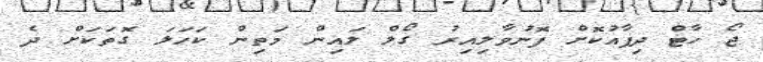
ޖޯ ހާޓް ދިފާއުކޮށް ފޮނުވާލިއިރު ގޯލް ލައިން މަތިން ކަހަލަ ގޮތަކަށް ދެ